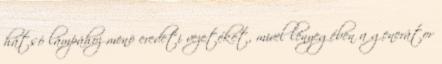
hátsó lámpához menõ eredeti vezetéket, mivel lényegében a generátor